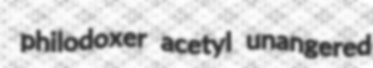
philodoxer acetyl unangered